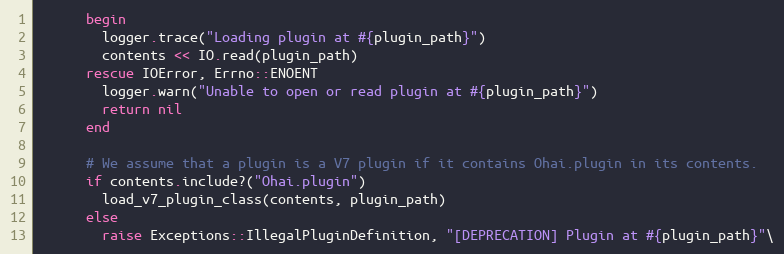
Language: Ruby
      begin
        logger.trace("Loading plugin at #{plugin_path}")
        contents << IO.read(plugin_path)
      rescue IOError, Errno::ENOENT
        logger.warn("Unable to open or read plugin at #{plugin_path}")
        return nil
      end

      # We assume that a plugin is a V7 plugin if it contains Ohai.plugin in its contents.
      if contents.include?("Ohai.plugin")
        load_v7_plugin_class(contents, plugin_path)
      else
        raise Exceptions::IllegalPluginDefinition, "[DEPRECATION] Plugin at #{plugin_path}"\